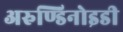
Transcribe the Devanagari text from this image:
अरुण्डिनोइडी